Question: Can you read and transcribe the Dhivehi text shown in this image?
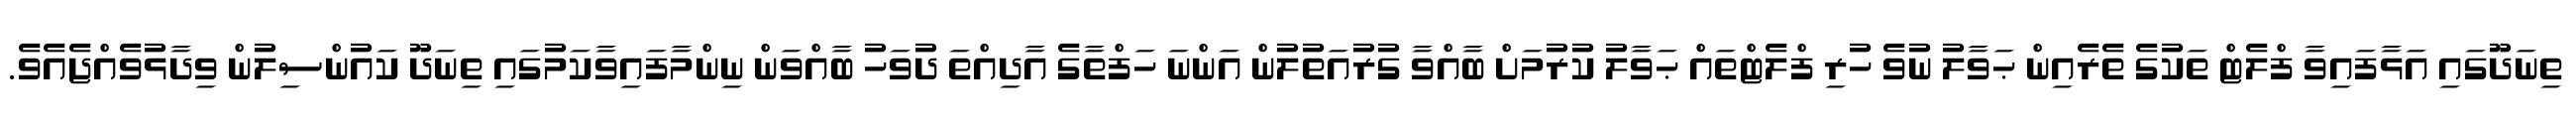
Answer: ތިނަދޫގައި އަޅާފައިވާ ފްލެޓް ތަކުގެ ތެރެއިން ޙަވާލު ނުވެ ހުރި ފްލެޓްތައް ޙަވާލު ކުރުމަށް ބާއްވާ ގުރުއަތުލުން އަންނަ ހަފްތާގެ އާދިއްތަ ދުވަހު ބާއްވަން ނިންމާފައިވާކަމުގައި ތިނަދޫ ކައުންސިލުން ވިދާޅުވެއްޖެއެވެ.